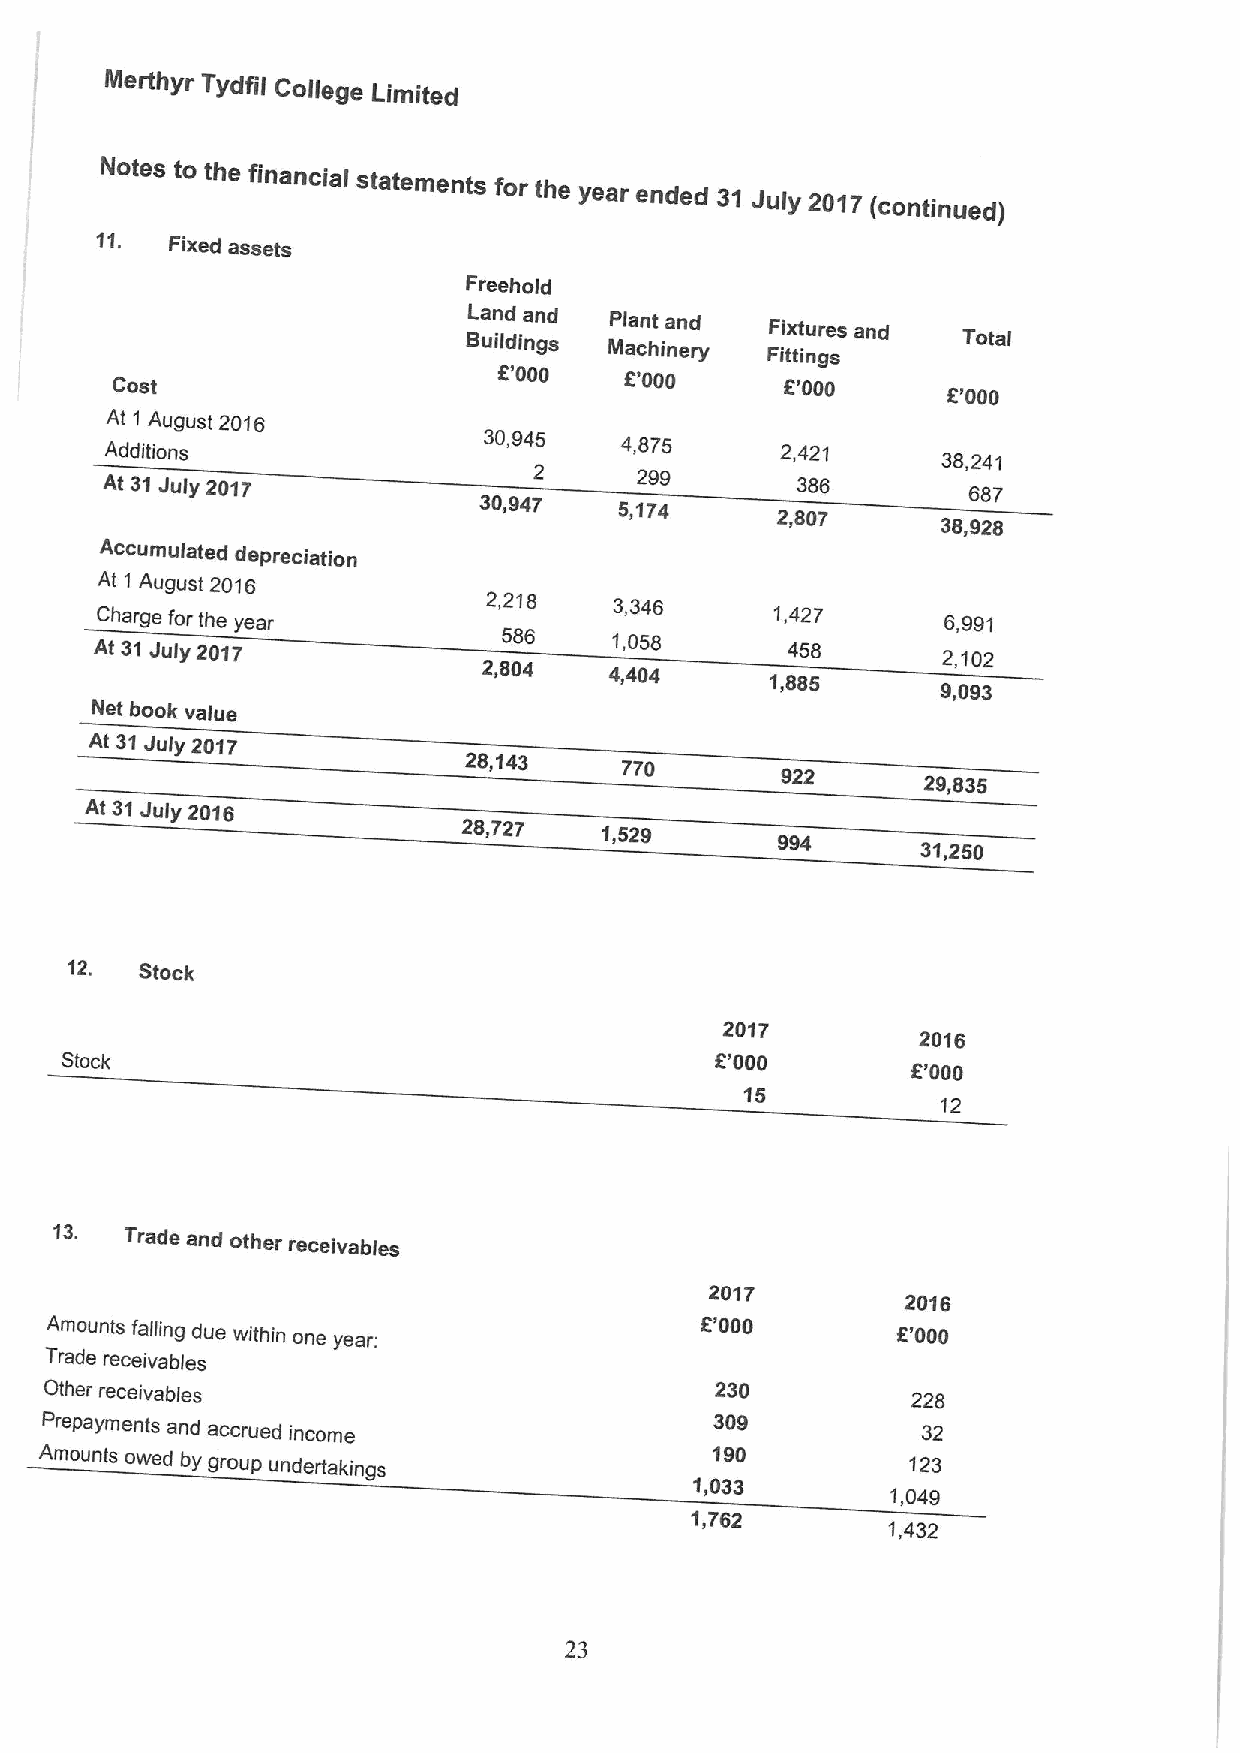
ittlerthyr Tydfil College Limited
 Notes to the financial statements for the year ended 31 July 2017
 (continued)
 11.
 Fixed assets
 Freehold
 BL uan ild dina gn sd Plant and Fixtures and Total
 Machinery  Fittings
 8'000   6'000
 Cost                                         8'000
 6'000
 At 1 August 2016
 30,945   4,875
 Additions                                    2,421
 38,241
 2      299
 At 31July 2017                                386
 687
 30,947   5,'l74
 2,807
 38,928
 Accumulated
 depreciation
 At 1 August 2016
 2,218
 3,346
 Charge for the year                          1,427      6,991
 586
 At 31July 2017                     1,058      458
 2,102
 2,804
 4,404
 1,885
 9,093
 Net book vaiue
 At 31July 20'l7
 28,'lI43
 770
 922
 29,835
 At 31July 2016
 28,727
 1,529
 31,250
 12.  Stock
 20'I7
 2016
 Stock                                      6'000
 8'000
 15
 12
 13.
 Trade and other receivables
 2017
 2016
 Amounts falling due within one year:       8'000        6'000
 Trade receivables
 Other receivables                           230
 228
 Prepayments and accrued income              309           32
 Amounts owed by group undertakings          190          123
 1,033
 1,049
 1,762
 1,432
 23